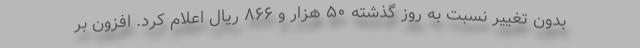
بدون تغییر نسبت به روز گذشته ۵۰ هزار و ۸۶۶ ریال اعلام کرد. افزون بر